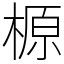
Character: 榞